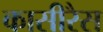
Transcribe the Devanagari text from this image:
कासीरैस